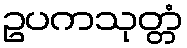
ဥပကသုတ္တံ